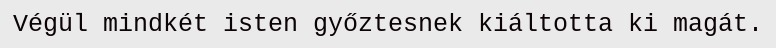
Végül mindkét isten győztesnek kiáltotta ki magát.